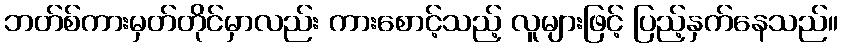
ဘတ်စ်ကားမှတ်တိုင်မှာလည်း ကားစောင့်သည့် လူများဖြင့် ပြည့်နှက်နေသည်။